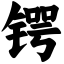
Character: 锷